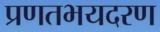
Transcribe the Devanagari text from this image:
प्रणतभयदरण